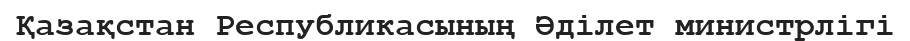
Қазақстан Республикасының Әділет министрлігі